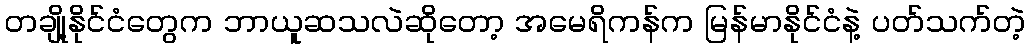
တချို့နိုင်ငံတွေက ဘာယူဆသလဲဆိုတော့ အမေရိကန်က မြန်မာနိုင်ငံနဲ့ ပတ်သက်တဲ့